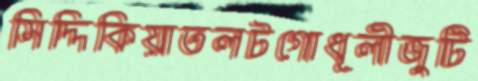
সিদ্দিকিয়াতলটগোধূলীজুটি